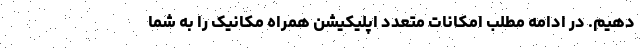
دهیم. در ادامه مطلب امکانات متعدد اپلیکیشن همراه مکانیک را به شما